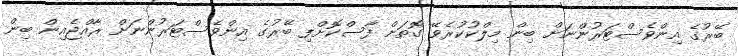
ބޭރުގެ އިންވެސްޓަރުންނަށް ބިން މިލްކުކުރެވޭ ގޮތަށް ފާސްކޮށްފި ބޭރުގެ އިންވެސްޓަރުންނަށް ރާއްޖެއިން ބިން